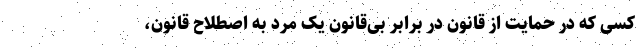
کسی که در حمایت از قانون در برابر بی‌قانون یک مرد به اصطلاح قانون،